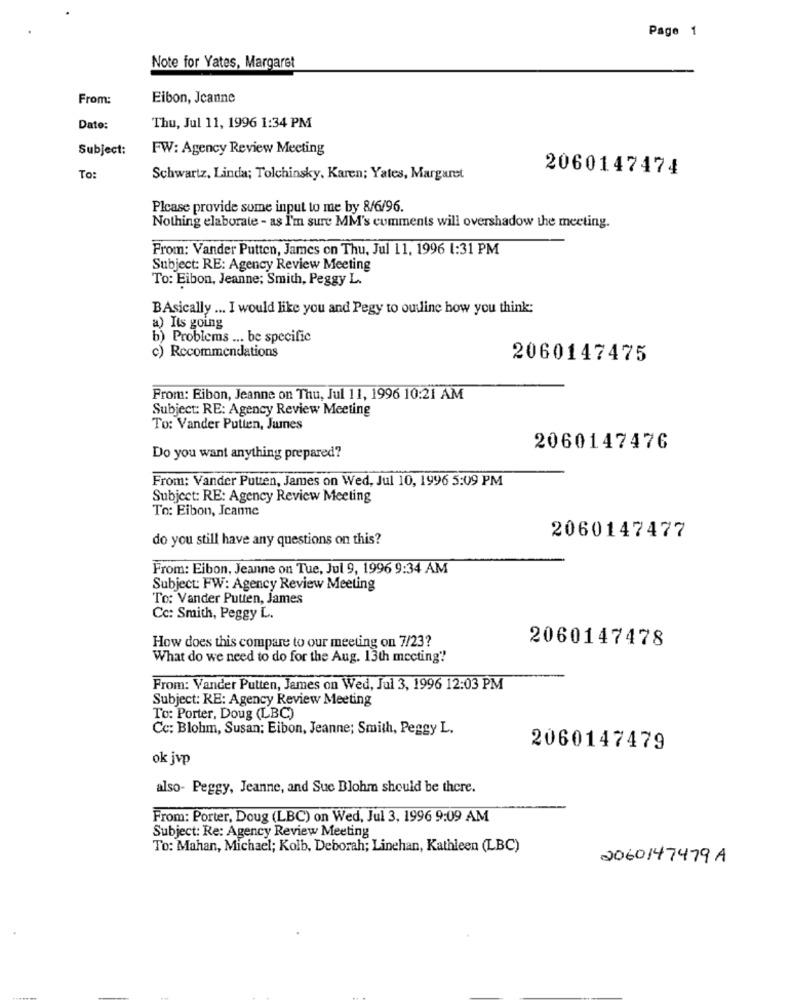
Page 1
Note for Yates, Margaret
From:
Eibon, Jeanne
Date:
Thu, Jul 11, 1996 1:34 PM
Subject:
FW: Agency Review Meeting
2060147474
To:
Schwartz, Linda; Tolchinsky, Karen; Yates, Margaret
Please provide some input to me by 8/6/96.
Nothing elaborate - as I'm sure MM's comments will overshadow the meeting.
From: Vander Putten, James on Thu, Jul 11, 1996 1:31 PM
Subject: RE: Agency Review Meeting
To: Eibon, Jeanne; Smith, Peggy L.
BAsically ... I would like you and Pegy to outline how you think:
a) Its going
b) Problems ... be specific
c) Recommendations
2060147475
From: Eibon, Jeanne on Thu, Jul 11, 1996 10:21 AM
Subject: RE: Agency Review Meeting
To: Vander Putten, Jumes
2060147476
Do you want anything prepared?
From: Vander Putten, James on Wed, Jul 10, 1996 5:09 PM
Subject: RE: Agency Review Meeting
To: Eibon, Jeanne
do you still have any questions on this?
2060147477
From: Eibon, Jeanne on Tue, Jul 9, 1996 9:34 AM
Subject: FW: Agency Review Meeting
To: Vander Putten, James
Cc: Smith, Peggy L.
2060147478
How does this compare to our meeting on 7/23?
What do we need to do for the Aug. 13th mecting?
From: Vander Putten, James on Wed, Jul 3, 1996 12:03 PM
Subject: RE: Agency Review Meeting
To: Porter, Doug (LBC)
Cc: Blohm, Susan; Eibon, Jeanne; Smith, Peggy L.
2060147479
ok jvp
also- Peggy, Jeanne, and Sue Blohm should be there.
From: Porter, Doug (LBC) on Wed, Jul 3, 1996 9:09 AM
Subject: Re: Agency Review Meeting
To: Mahan, Michael; Kolb, Deborah; Linehan, Kathleen (LBC)
2060147479A